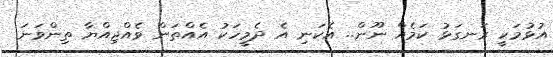
އުޅުމަކީ ރަނގަޅު ކަމެއް ނޫން.. އެކަނި އެ ދެމީހަކު އެއްތަން ވެއްޖިއްޔާ ތިންވަނަ